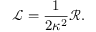
\mathcal { L } = \frac { 1 } { 2 \kappa ^ { 2 } } \mathcal { R } .